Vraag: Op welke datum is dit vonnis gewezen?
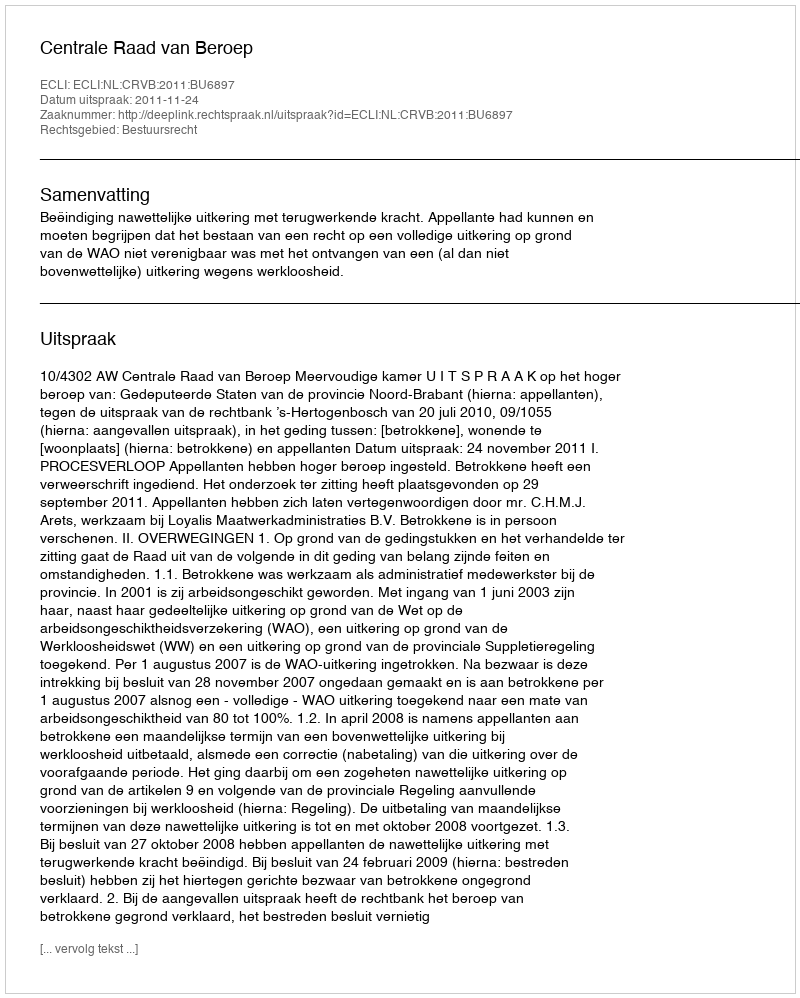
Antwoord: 2011-11-24